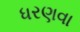
ધરણવા